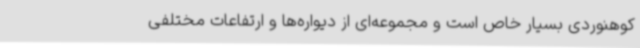
کوهنوردی بسیار خاص است و مجموعه‌ای از دیواره‌ها و ارتفاعات مختلفی